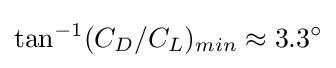
\tan ^{-1}(C_{D}/C_{L})_{min}\approx 3.3^{\circ }